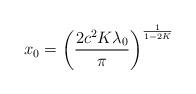
LaTeX: \begin{align*}x_0=\left(\frac{2c^2 K \lambda_0}{\pi}\right)^{\frac{1}{1-2K}}\end{align*}